Annual report of the Central Committee of the Association together with the report of the directors of the Pasteur Institute at Kasauli
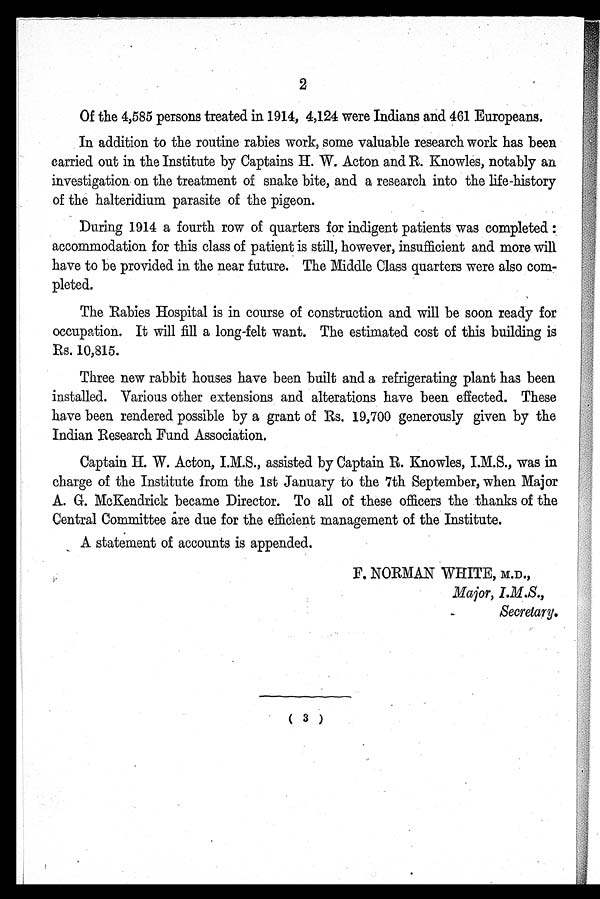
2
Of the 4,585 persons treated in 1914, 4,124 were Indians and 461 Europeans.
In addition to the routine rabies work, some valuable research work has been
carried out in the Institute by Captains H. W. Acton and R. Knowles, notably an
investigation on the treatment of snake bite, and a research into the life-history
of the halteridium parasite of the pigeon.
During 1914 a fourth row of quarters for indigent patients was completed :
accommodation for this class of patient is still, however, insufficient and more wil
l
have to be provided in the near future. The Middle Class quarters were also com
-
pleted.
The Rabies Hospital is in course of construction and will be soon ready for
occupation. It will fill a long-felt want. The estimated cost of this building is
Rs. 10,815.
Three new rabbit houses have been built and a refrigerating plant has been
installed. Various other extensions and alterations have been effected. These
have been rendered possible by a grant of Rs. 19,700 generously given by the
Indian Research Fund Association.
Captain H. W. Acton, I.M.S., assisted by Captain R. Knowles, I.M.S., was in
charge of the Institute from the 1st January to the 7th September, when Major
A. G. McKendrick became Director. To all of these officers the thanks of the
Central Committee are due for the efficient management of the Institute.
A statement of accounts is appended.
F. NORMAN WHITE, M.D.,
Major, I.M.S.,
Secretary.
(3)